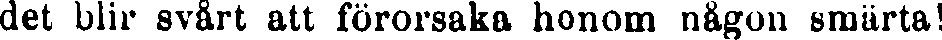
det blir svårt alt förorsaka honom någon smärta!